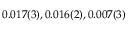
0 . 0 1 7 ( 3 ) , 0 . 0 1 6 ( 2 ) , 0 . 0 0 7 ( 3 )